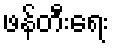
ဖန်တီးရေး